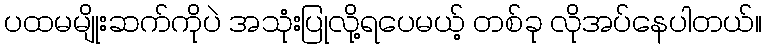
ပထမမျိုးဆက်ကိုပဲ အသုံးပြုလို့ရပေမယ့် တစ်ခု လိုအပ်နေပါတယ်။